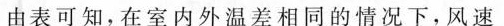
由表可知，在室内外温差相同的情况下，风速